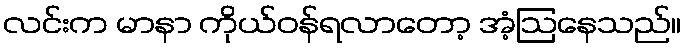
လင်းက မာနာ ကိုယ်ဝန်ရလာတော့ အံ့ဩနေသည်။